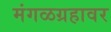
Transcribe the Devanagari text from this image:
मंगळग्रहावर